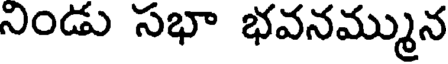
నిండు సభా భవనమ్మున